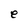
Character: e